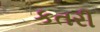
કતરી